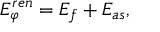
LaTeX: E _ { \varphi } ^ { r e n } = E _ { f } + E _ { a s } ,